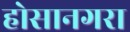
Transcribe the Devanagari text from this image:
होसानगरा